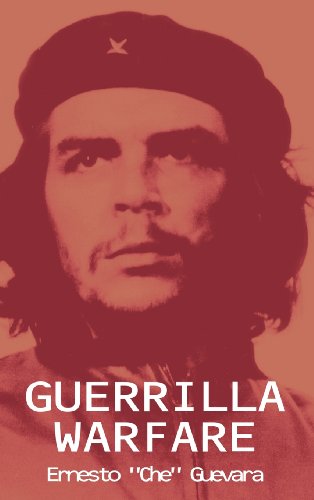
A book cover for Guerrilla Warfare; Ernesto Che Guevara; Biographies & Memoirs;